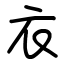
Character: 衣